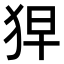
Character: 𤞋